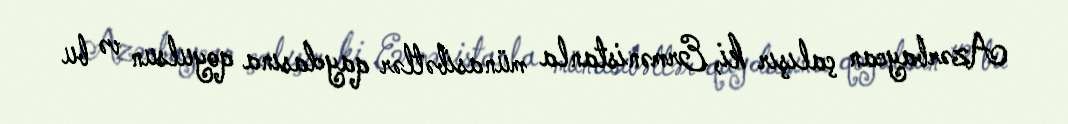
Azərbaycan çalışır ki, Ermənistanla münasibətlər qaydasına qoyulsun və bu